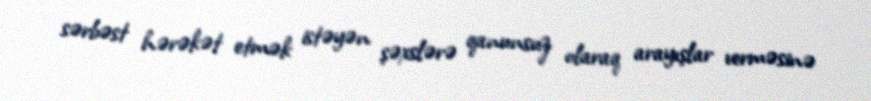
sərbəst hərəkət etmək istəyən şəxslərə qanunsuz olaraq arayışlar verməsinə